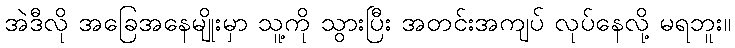
အဲဒီလို အခြေအနေမျိုးမှာ သူ့ကို သွားပြီး အတင်းအကျပ် လုပ်နေလို့ မရဘူး။